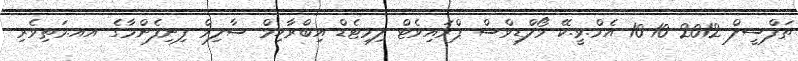
ތަފްސީލް 2012-10-10 އެމް.ވީ.ކޭ މޯލްޑިވްސް ޕްރައިވެޓް ލިމިޓެޑް އިބްރާހިމް ސާލިމް ފިނިފެންމާގެ އއ.މަތިވެރި